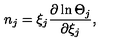
n _ { j } = \xi _ { j } \frac { \partial \ln \Theta _ { j } } { \partial { { \xi } _ { j } } } ,